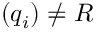
( q _ { i } ) \neq R